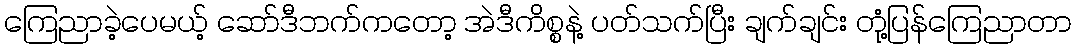
ကြေညာခဲ့ပေမယ့် ဆော်ဒီဘက်ကတော့ အဲဒီကိစ္စနဲ့ ပတ်သက်ပြီး ချက်ချင်း တုံ့ပြန်ကြေညာတာ